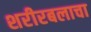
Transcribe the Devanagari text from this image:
शरीरबलाचा